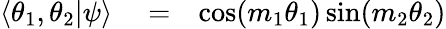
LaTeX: \begin{array}{rlr}{\langle\theta_{1},\theta_{2}|\psi\rangle}&{{}=}&{\cos(m_{1}\theta_{1})\sin(m_{2}\theta_{2})}\end{array}